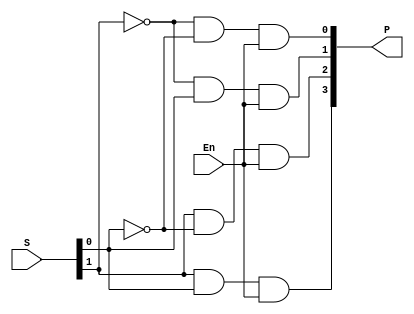
`timescale 1ns / 1ps
//////////////////////////////////////////////////////////////////////////////////
// Company: California Polytechnic University, Pomona
// 
// Design Name: 
// Module Name: DEC2X4_nbits
// Project Name: Lab1  
// Target Devices: NEXYS A7 100T
// Tool Versions: 
// Description: Base 2x4 decoder
// 
// Dependencies: NEXYS A7 100T
// 
// Revision:
// Revision 0.01 - File Created
// Additional Comments:
// 
//////////////////////////////////////////////////////////////////////////////////


module DEC2X4(
    input [1:0] S,
    output [3:0] P,
    input En

    );
        
        wire s0_neg;
        wire s1_neg;
        not(s0_neg,S[0]);
        not(s1_neg,S[1]);
        and(P[0],s1_neg,s0_neg,En);
        and(P[1],s1_neg,S[0],En);
        and(P[2],S[1],s0_neg,En);
        and(P[3],S[1],S[0],En);
        
endmodule